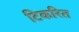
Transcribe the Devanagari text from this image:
टिकरित